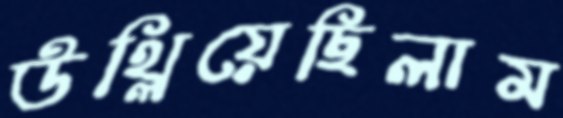
উথ্‌লিয়েছিলাম